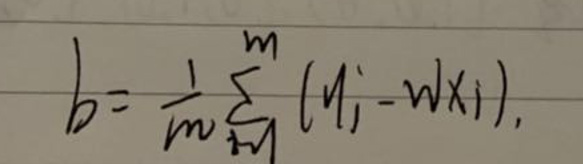
\[
b = \frac{1}{m}\sum_{i = 1}^{m}(y_{i}-wx_{i})
\]